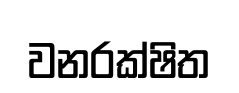
වනරක්ෂිත